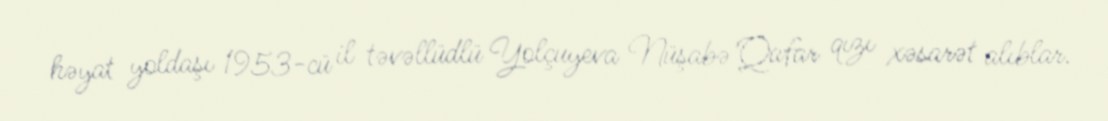
həyat yoldaşı 1953-cü il təvəllüdlü Yolçuyeva Nüşabə Qafar qızı xəsarət alıblar.